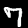
Label: 7